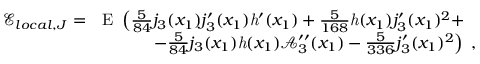
\begin{array} { r l } { \mathcal { E } _ { l o c a l , J } = } & { \mathrm { E } \ \left( \frac { 5 } { 8 4 } j _ { 3 } ( x _ { 1 } ) j _ { 3 } ^ { \prime } ( x _ { 1 } ) \mathit { h } ^ { \prime } ( x _ { 1 } ) + \frac { 5 } { 1 6 8 } \mathit { h } ( x _ { 1 } ) j _ { 3 } ^ { \prime } ( x _ { 1 } ) ^ { 2 } + \right. } \\ & { \ \ \ \ \ \ \ \ \ \left. - \frac { 5 } { 8 4 } j _ { 3 } ( x _ { 1 } ) \mathit { h } ( x _ { 1 } ) \mathcal { A } _ { 3 } ^ { \prime \prime } ( x _ { 1 } ) - \frac { 5 } { 3 3 6 } j _ { 3 } ^ { \prime } ( x _ { 1 } ) ^ { 2 } \right) \ , } \end{array}